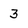
Character: 3